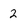
Character: 2